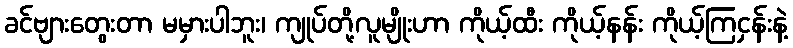
ခင်ဗျားတွေးတာ မမှားပါဘူး၊ ကျုပ်တို့လူမျိုးဟာ ကိုယ့်ထီး ကိုယ့်နန်း ကိုယ့်ကြငှန်းနဲ့